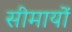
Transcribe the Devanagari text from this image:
सीमायों